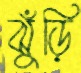
ঝুঁড়ি